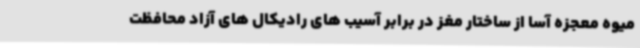
میوه معجزه آسا از ساختار مغز در برابر آسیب های رادیکال های آزاد محافظت